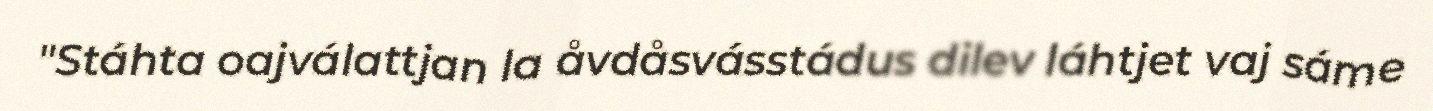
"Stáhta oajválattjan la åvdåsvásstádus dilev láhtjet vaj sáme